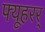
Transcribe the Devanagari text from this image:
फ्यूहरर्